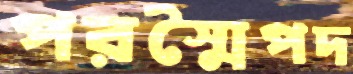
পরস্মৈপদ